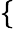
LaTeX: \left\{ \begin{array}{ll}{\begin{array}{rl}\end{array}}\end{array}\right.